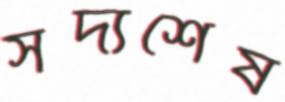
সদ্যশেষ